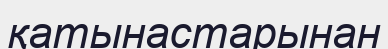
қатынастарынан